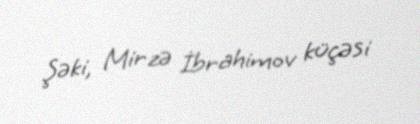
Şəki, Mirzə İbrahimov küçəsi